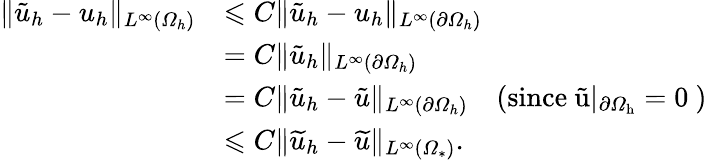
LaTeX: \begin{array}{rl}{\| \tilde{u}_{h}-u_{h}\| _{L^{\infty}(\varOmega_{h})}}&{\leqslant C\| \tilde{u}_{h}-u_{h}\| _{L^{\infty}(\partial\varOmega_{h})}}\\ &{=C\| \tilde{u}_{h}\| _{L^{\infty}(\partial\varOmega_{h})}}\\ &{=C\| \tilde{u}_{h}-\tilde{u}\| _{L^{\infty}(\partial\varOmega_{h})}\quad\mathrm{(since~\tilde{u}|_{\partial\varOmega_{h}}=0~)}}\\ &{\leqslant C\| \widetilde{u}_{h}-\widetilde{u}\| _{L^{\infty}(\varOmega_{*})}.}\end{array}